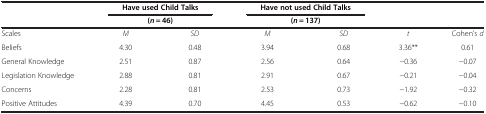
<table><thead><tr><td><b> </b></td><td colspan="2"><b>Have used Child Talks</b></td><td colspan="2"><b>Have not used Child Talks</b></td><td><b> </b></td><td><b> </b></td></tr><tr><td><b> </b></td><td colspan="2"><b>(<i>n</i>= 46)</b></td><td colspan="2"><b>(<i>n</i>= 137)</b></td><td><b> </b></td><td><b> </b></td></tr></thead><tbody><tr><td>Scales</td><td><i>M</i></td><td><i>SD</i></td><td><i>M</i></td><td><i>SD</i></td><td><i>t</i></td><td>Cohen’s <i>d</i></td></tr><tr><td>Beliefs</td><td>4.30</td><td>0.48</td><td>3.94</td><td>0.68</td><td>3.36**</td><td>0.61</td></tr><tr><td>General Knowledge</td><td>2.51</td><td>0.87</td><td>2.56</td><td>0.64</td><td>-0.36</td><td>-0.07</td></tr><tr><td>Legislation Knowledge</td><td>2.88</td><td>0.81</td><td>2.91</td><td>0.67</td><td>-0.21</td><td>-0.04</td></tr><tr><td>Concerns</td><td>2.28</td><td>0.81</td><td>2.53</td><td>0.73</td><td>-1.92</td><td>-0.32</td></tr><tr><td>Positive Attitudes</td><td>4.39</td><td>0.70</td><td>4.45</td><td>0.53</td><td>-0.62</td><td>-0.10</td></tr></tbody></table>